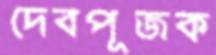
দেবপূজক